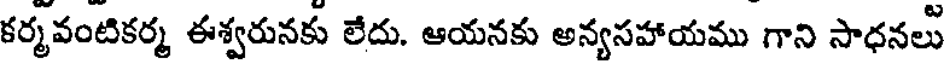
కర్మవంటికర్మ ఈశ్వరునకు లేదు. ఆయనకు అన్యసహాయము గాని సాధనలు